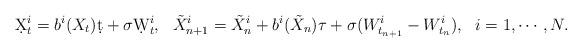
LaTeX: \begin{align*}\d X_t^i = b^i(X_t)\d t + \sigma\d W_t^i,~~\tilde X_{n+1}^i = \tilde X_n^i + b^i(\tilde X_n)\tau + \sigma (W_{t_{n+1}}^i-W_{t_n}^i),~~i=1,\cdots,N.\end{align*}